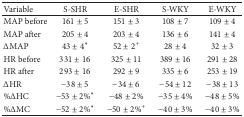
| Variable | S-SHR | E-SHR | S-WKY | E-WKY |
 | --- | --- | --- | --- | --- |
 | MAP before | 161 ± 5 | 151 ± 3 | 108 ± 7 | 109 ± 4 |
 | MAP after | 205 ± 4 | 203 ± 4 | 136 ± 6 | 141 ± 4 |
 | ΔMAP | 43 ± 4* | 52 ± 2+ | 28 ± 4 | 32 ± 3 |
 | HR before | 331 ± 16 | 325 ± 11 | 389 ± 16 | 291 ± 28 |
 | HR after | 293 ± 16 | 292 ± 9 | 335 ± 6 | 253 ± 19 |
 | ΔHR | −38 ± 5 | −34 ± 6 | −54 ± 12 | −38 ± 13 |
 | %ΔHC | −53 ± 2%* | −48 ± 2% | −35 ± 4% | −48 ± 5% |
 | %ΔMC | −52 ± 2%* | −50 ± 2%+ | −40 ± 3% | −40 ± 3% |